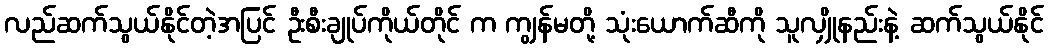
လည်ဆက်သွယ်နိုင်တဲ့အပြင် ဦးစီးချုပ်ကိုယ်တိုင် က ကျွန်မတို့ သုံးယောက်ဆီကို သူလျှိုနည်းနဲ့ ဆက်သွယ်နိုင်